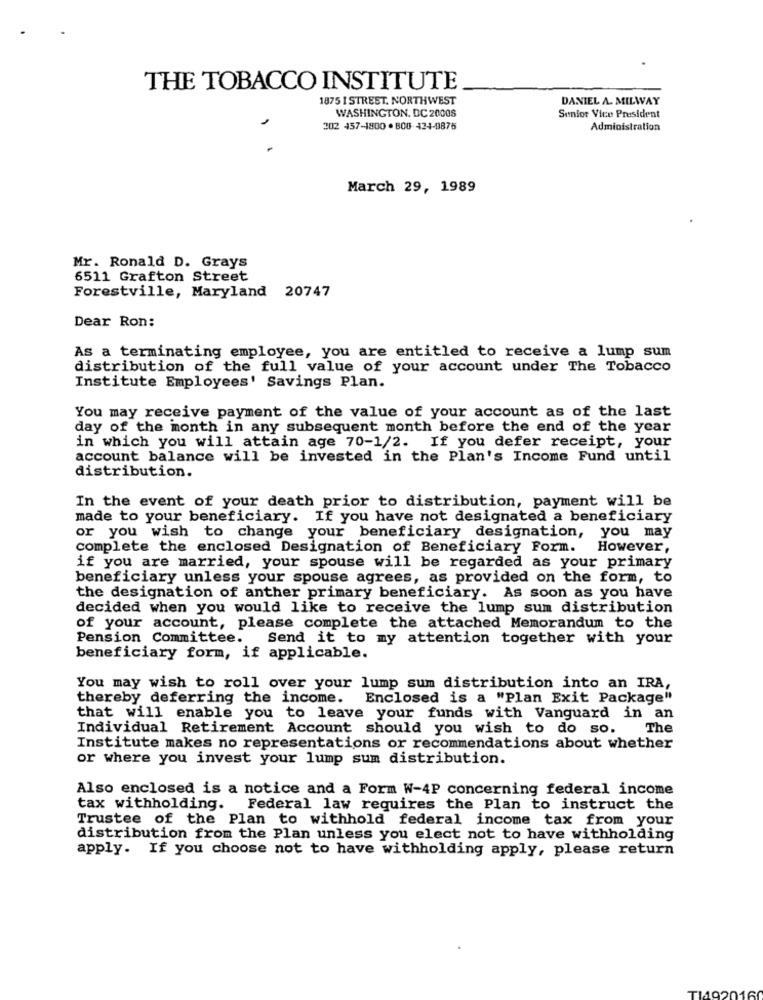
THE TOBACCO INSTITUTE
1875 1 STREST. NORTHWEST
DANIEL A. MILWAY
WASHINGTON, DC 20008
Senior Vice President
302 457-1800 . 800-424-9875
Administration
March 29, 1989
Mr. Ronald D. Grays
6511 Grafton Street
Forestville, Maryland 20747
Dear Ron:
As a terminating employee, you are entitled to receive a lump sum
distribution of the full value of your account under The Tobacco
Institute Employees' Savings Plan.
You may receive payment of the value of your account as of the last
day of the month in any subsequent month before the end of the year
in which you will attain age 70-1/2. If you defer receipt, your
account balance will be invested in the Plan's Income Fund until
distribution.
In the event of your death prior to distribution, payment will be
made to your beneficiary. If you have not designated a beneficiary
or you wish to change your beneficiary designation, you may
complete the enclosed Designation of Beneficiary Form. However,
if you are married, your spouse will be regarded as your primary
beneficiary unless your spouse agrees, as provided on the form, to
the designation of anther primary beneficiary. As soon as you have
decided when you would like to receive the lump sum distribution
of your account, please complete the attached Memorandum to the
Pension Committee.
Send it to my attention together with your
beneficiary form, if applicable.
You may wish to roll over your lump sum distribution into an IRA,
thereby deferring the income. Enclosed is a "Plan Exit Package"
that will enable you to leave your funds with Vanguard in an
Individual Retirement Account should you wish to do so.
The
Institute makes no representations or recommendations about whether
or where you invest your lump sum distribution.
Also enclosed is a notice and a Form W-4P concerning federal income
tax withholding. Federal law requires the Plan to instruct the
Trustee of the Plan to withhold federal income tax from your
distribution from the Plan unless you elect not to have withholding
apply. If you choose not to have withholding apply, please return